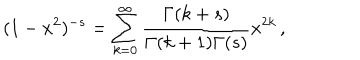
( 1 - x ^ { 2 } ) ^ { - s } = \sum _ { k = 0 } ^ { \infty } { \frac { \Gamma ( k + s ) } { \Gamma ( k + 1 ) \Gamma ( s ) } } x ^ { 2 k } \, ,